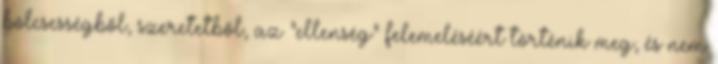
bölcsességből, szeretetből, az "ellenség" felemeléséért történik meg, és nem